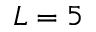
L = 5